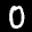
Label: 0